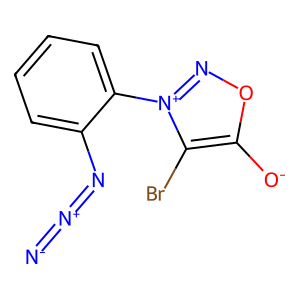
SMILES: [N-]=[N+]=Nc1ccccc1-[n+]1noc([O-])c1Br
Inhibits HIV replication: No